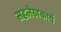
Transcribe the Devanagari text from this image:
सहलेखकार्य